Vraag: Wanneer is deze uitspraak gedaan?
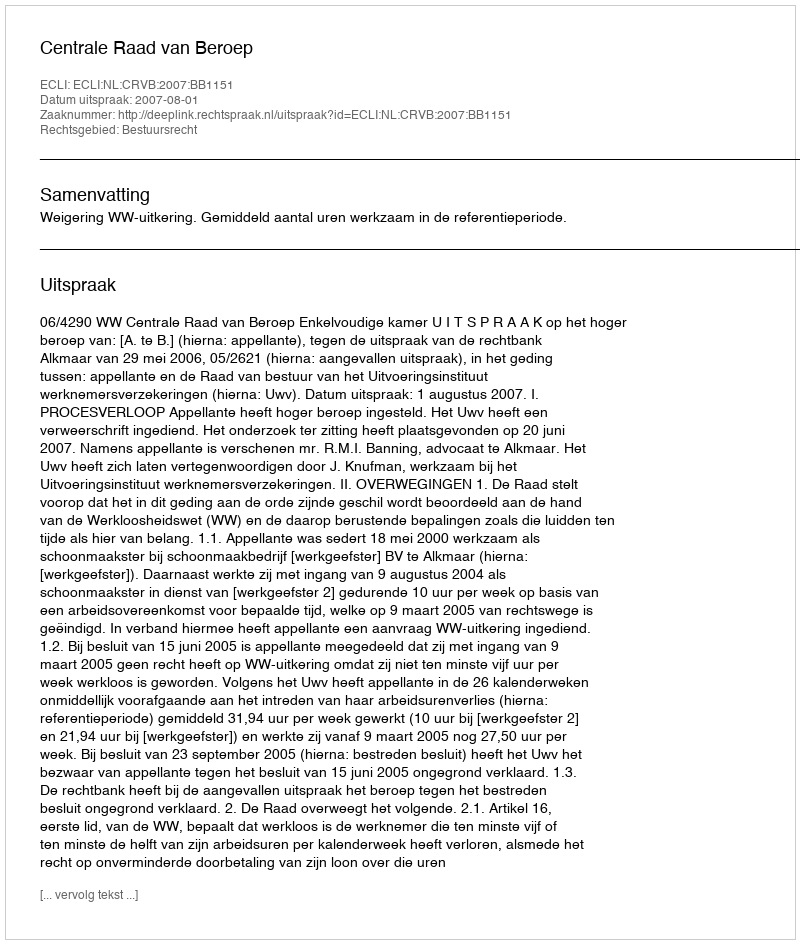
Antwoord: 2007-08-01